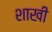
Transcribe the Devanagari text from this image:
शाखी